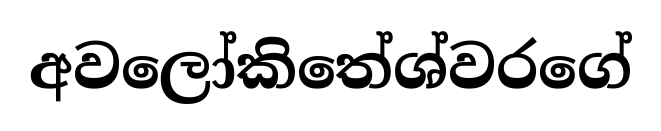
අවලෝකිතේශ්වරගේ